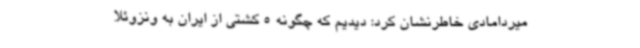
میردامادی خاطرنشان کرد: دیدیم که چگونه 5 کشتی از ایران به ونزوئلا